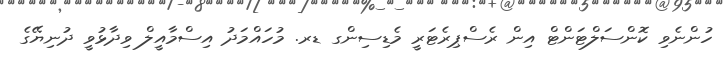
ހުންނެވި ކޮންސަލްޓަންޓް އިން ރެސްޕިރެޓަރީ މެޑިސިންގ ޑރ. މުހައްމަދު އިސްމާއީލް ވިދާޅުވީ ދުނިޔޭގެ